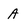
Character: A